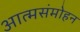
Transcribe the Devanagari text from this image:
आत्मसंमोहन